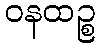
ဝနထဉ္စ